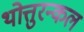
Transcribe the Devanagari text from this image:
थोत्तुरन्कल